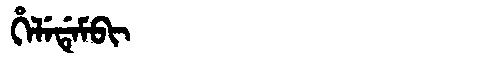
Manchu: ᡥᡝᠯᡝᡩᡝᠮᠪᡳ
Romanization: HELEDEMBI